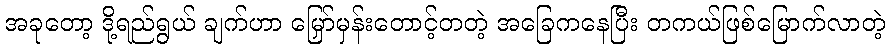
အခုတော့ ဒို့ရည်ရွယ် ချက်ဟာ မြှော်မှန်းတောင့်တတဲ့ အခြေကနေပြီး တကယ်ဖြစ်မြောက်လာတဲ့